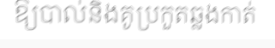
ឱ្យបាល់និងគូប្រកួតឆ្លងកាត់